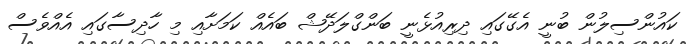
ކައުންސިލުން ބުނީ އެގޭގައި ދިރިއުޅެނީ ބަންގްލަދޭޝް ބައެއް ކަމަށާއި މި ހާދިސާގައި އެއްވެސް